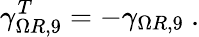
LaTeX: \gamma_{\Omega R,9}^{T}=-\gamma_{\Omega R,9}~.